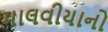
માલવીયાનો